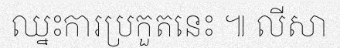
ឈ្នះការប្រកួតនេះ ៕ លីសា